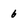
Character: 6